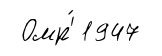
Омр'́ 1947